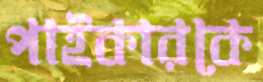
পাইকারকে